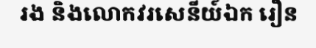
រង និងលោកវរសេនីយ៍ឯក រឿន